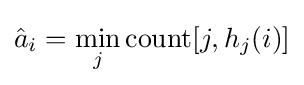
{\hat {a}}_{i}=\min _{j}\mathrm {count} [j,h_{j}(i)]